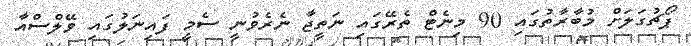
ޕޯޗުގަލަށް މުބާރާތުގައި 90 މިނެޓް ތެރޭގައި ނަތީޖާ ނެރެވުނީ ސެމީ ފައިނަލުގައި ވޭލްސްއާ